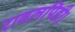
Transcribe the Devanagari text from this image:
रावलपिंडी।